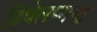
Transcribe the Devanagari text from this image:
डिवेलप्मन्ट